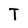
Character: T